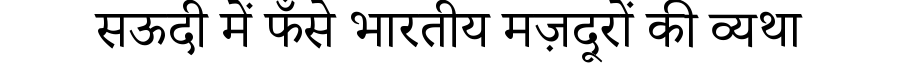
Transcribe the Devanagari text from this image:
सऊदी में फँसे भारतीय मज़दूरों की व्यथा